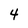
Character: 4